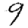
Digit: 9